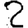
Digit: 2